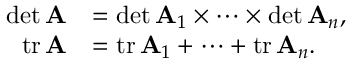
{ \begin{array} { r l } { \operatorname* { d e t } \mathbf { A } } & { = \operatorname* { d e t } \mathbf { A } _ { 1 } \times \cdots \times \operatorname* { d e t } \mathbf { A } _ { n } , } \\ { \operatorname { t r } \mathbf { A } } & { = \operatorname { t r } \mathbf { A } _ { 1 } + \cdots + \operatorname { t r } \mathbf { A } _ { n } . } \end{array} }